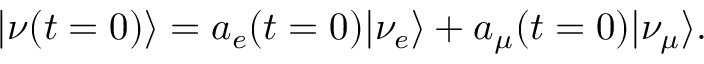
| \nu ( t = 0 ) \rangle = a _ { e } ( t = 0 ) | \nu _ { e } \rangle + a _ { \mu } ( t = 0 ) | \nu _ { \mu } \rangle .